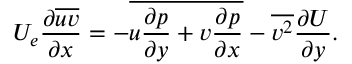
U _ { e } \frac { \partial \overline { { u v } } } { \partial x } = - \overline { { u \frac { \partial p } { \partial y } + v \frac { \partial p } { \partial x } } } - \overline { { v ^ { 2 } } } \frac { \partial U } { \partial y } .